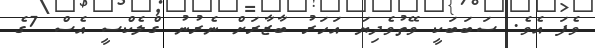
ވެފަ އެވެ. ސަބަބަކީ ވޭތުވެދިޔަ އަހަރު ބާޒާރަށް ނެރުނު ގްލެކްސީ އެސް 7ގެ